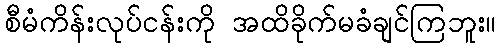
စီမံကိန်းလုပ်ငန်းကို အထိခိုက်မခံချင်ကြဘူး။